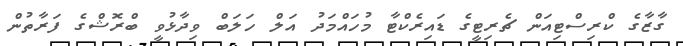
ގާޒާގެ ކްރިސްޓިއަން ޗެރިޓީގެ ޑައިރެކްޓާ މުހައްމަދު އަލް ހަލަބް ވިދާޅުވީ ބްރޮޝްގެ ފަރާތުން